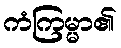
ကံကြမ္မာ၏